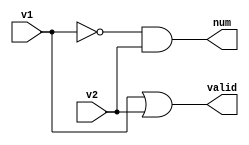
// Bartosz Szpila
// 10.10.2021
// 4 encoder using two 2 encoders

module encoder_2(input v1, v2, output valid, num);
    wire nv1;
    or  (valid, v1, v2);
    not (nv1, v1);
    and (num, nv1, v2);
endmodule

module encoder_4(input v1, v2, v3, v4, output valid, num1, num2);
    wire valid1, valid2, onum1, onum2;
    encoder_2 enc1 (.v1(v1), .v2(v2), .valid(valid1), .num(onum1));
    encoder_2 enc2 (.v1(v3), .v2(v4), .valid(valid2), .num(onum2));

    or (valid, valid1, valid2);

    wire a1, a2;
    not (num1, valid1);
    and (a1, valid1, onum1);
    and (a2, num1, onum2);
    or  (num2, a1, a2);
endmodule